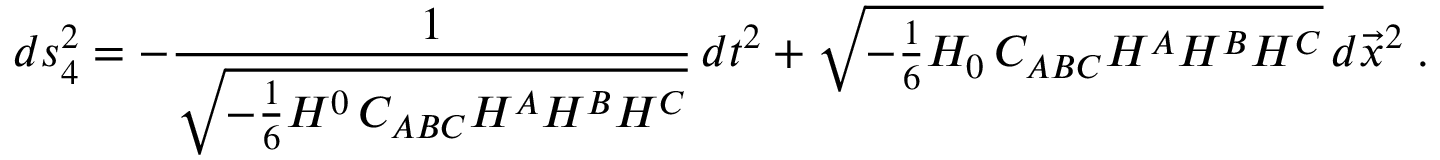
d s _ { 4 } ^ { 2 } = - \frac { 1 } { \sqrt { - { \frac { 1 } { 6 } } H ^ { 0 } \, C _ { A B C } H ^ { A } H ^ { B } H ^ { C } } } \, d t ^ { 2 } + \sqrt { - { \textstyle { \frac { 1 } { 6 } } } H _ { 0 } \, C _ { A B C } H ^ { A } H ^ { B } H ^ { C } } \, d \vec { x } ^ { 2 } \; .